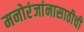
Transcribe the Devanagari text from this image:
मनोरंजांनासाठीची